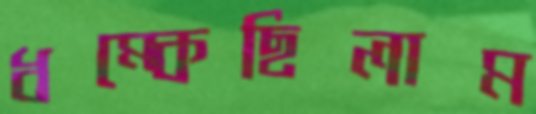
ধম্‌কেছিলাম